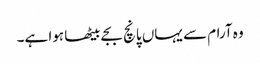
وہ آرام سے یہاں پانچ بجے بیٹھا ہوا ہے۔